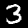
Label: 3